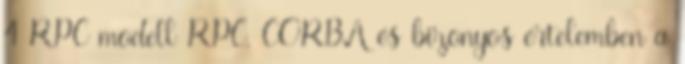
4 RPC modell RPC, CORBA és bizonyos értelemben a